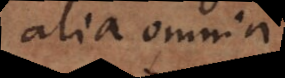
alia omnia.